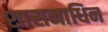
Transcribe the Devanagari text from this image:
शासनाधिन